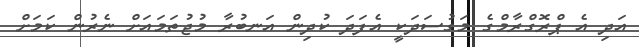
އަދި އެ ޕްރޮގްރާމްގެ މަގުސަދަކީ އެފަދަ ކުދިން އަނބުރާ މުޖުތަމައަށް ނެރުން ކަމަށް